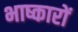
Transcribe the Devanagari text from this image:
भाष्कारों